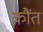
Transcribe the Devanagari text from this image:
कौंत